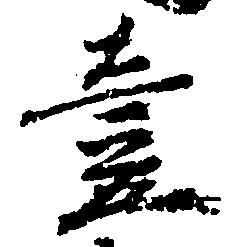
壱